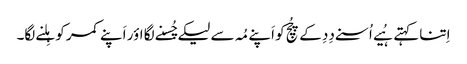
اِتنا کہتے ہُیے اُسنے دِدِ کے چُچِ کو اَپنے مُہ سے لیکے چُسنے لگا اؤر اَپنے کمر کو ہِلنے لگا۔